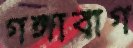
গঙ্গাবাগ